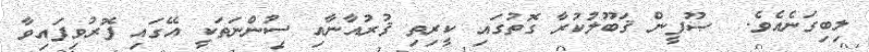
ލިބިގަނެއެވެ.  ޞޫފީން ޤަބޫލުކުރާ ގޮތުގައި ކީރިތި ޤުރުއާނާއި ސުންނަތަކީ އޭގައި ފޮރުވިފައިވާ